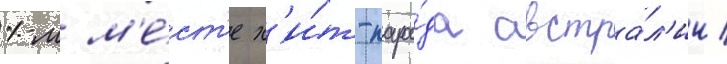
1-м м'е́ст'е х'и́т-пара́да австра́л'ии